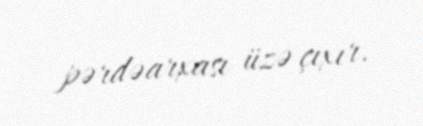
pərdəarxası üzə çıxır.